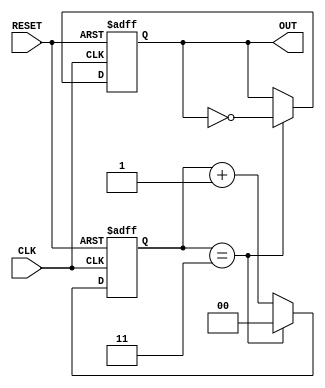
module FrequencyDividerCounter #(
    parameter N = 4  // Division factor. Change this value as needed.
)(
    input wire CLK,      // Input clock signal
    input wire RESET,    // Asynchronous reset
    output reg OUT       // Output signal that toggles at divided frequency
);

reg [$clog2(N)-1:0] counter; // Counter registers to hold the current count value

// Counter and output generation logic
always @(posedge CLK or posedge RESET) begin
    if (RESET) begin
        counter <= 0;       // Initialize counter to 0 on reset
        OUT <= 0;          // Initialize output to low on reset
    end else begin
        // Increment counter on each clock cycle
        if (counter == N-1) begin
            OUT <= ~OUT;    // Toggle output when counter reaches N
            counter <= 0;   // Reset counter
        end else begin
            counter <= counter + 1; // Increment counter
        end
    end
end

endmodule